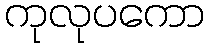
ကုလုပကော